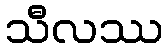
သီလဿ